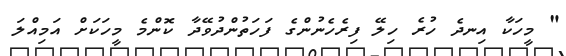
" މީހަކާ އިނދެ ހުރެ ހިލޭ ފިރެހެނުންގެ ފަހަތުންދުވޭދާ ކޮންމެ މީހަކަށް އަމިއްލަ